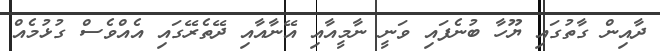
ދާއިން ގާތުގައި ޔޫހާ ބުނެފައި ވަނީ ނާމީއާއި އޭނާއާއި ދޭތެރޭގައި އެއްވެސް ގުޅުމެއް